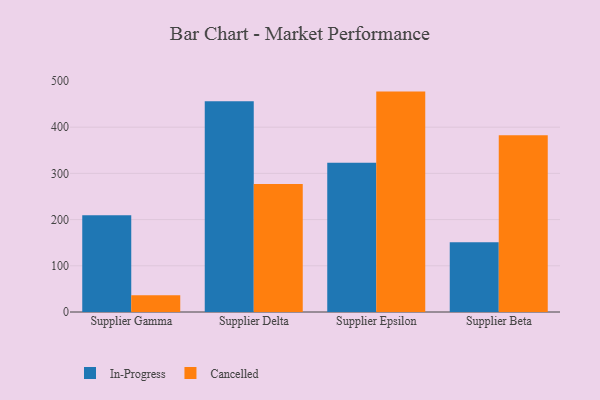
{"axis": {"x": "Supplier", "y": "Production Output"}, "legend": ["Cancelled", "In-Progress"], "data": [{"x": "Supplier Gamma", "y": 209.6, "type": "In-Progress"}, {"x": "Supplier Gamma", "y": 36.0, "type": "Cancelled"}, {"x": "Supplier Delta", "y": 455.9, "type": "In-Progress"}, {"x": "Supplier Delta", "y": 277.2, "type": "Cancelled"}, {"x": "Supplier Epsilon", "y": 322.9, "type": "In-Progress"}, {"x": "Supplier Epsilon", "y": 477.0, "type": "Cancelled"}, {"x": "Supplier Beta", "y": 151.0, "type": "In-Progress"}, {"x": "Supplier Beta", "y": 382.4, "type": "Cancelled"}]}